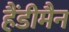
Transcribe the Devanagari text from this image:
हैंडीमैन